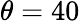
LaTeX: \theta=40